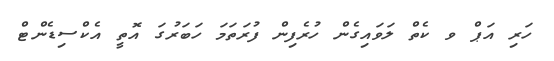
ހަރި އަޕް ވ ކެތް ލަވައިގެން ހުރެފިން ފުރަތަމަ ހަބަރުގަ އޮތީ އެކްސިޑެންޓް